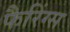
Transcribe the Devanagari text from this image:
फैरिंग्स